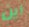
أين